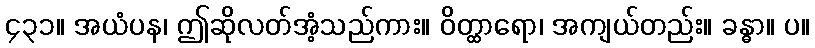
၄၃၁။ အယံပန၊ ဤဆိုလတ်အံ့သည်ကား။ ဝိတ္ထာရော၊ အကျယ်တည်း။ ခန္ဓာ။ ပ။